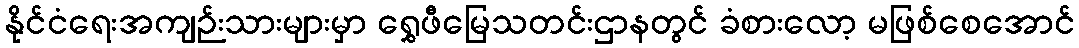
နိုင်ငံရေးအကျဉ်းသားများမှာ ရွှေဖီမြေသတင်းဌာနတွင် ခံစားလော့ မဖြစ်စေအောင်